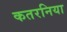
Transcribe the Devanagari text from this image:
कतरनिया